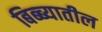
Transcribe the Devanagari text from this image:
बिब्ब्यातील